Senior Leaving Certificate Examination (including Day School Certificate (Higher) General paper), 1950
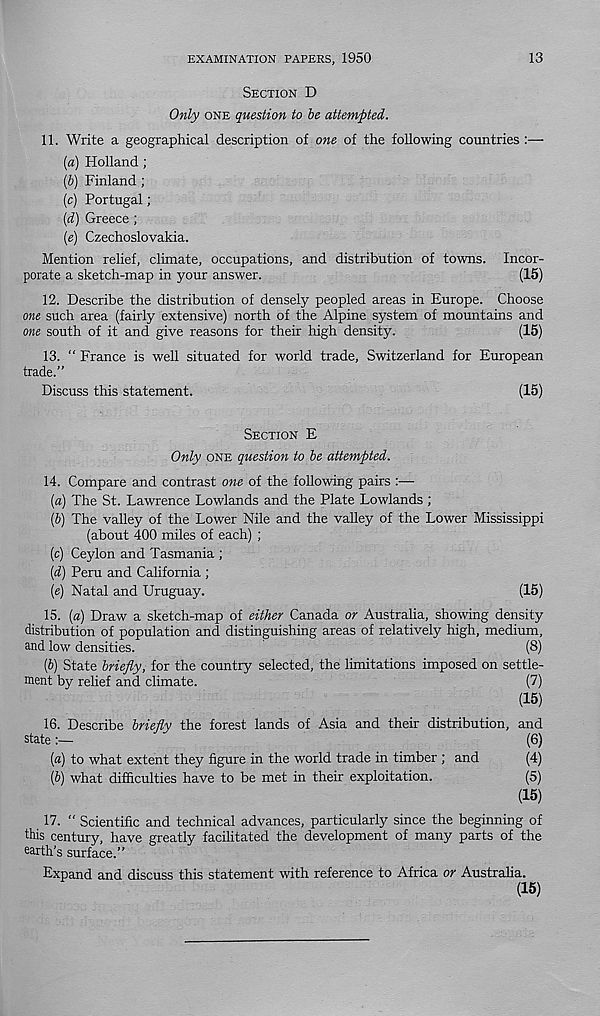
EXAMINATION PAPERS, 1950
13
SECTION D
Only ONE question to be attempted.
11. Write a geographical description of one of the following countries :—
(a) Holland ;
(b) Finland ;
(c) Portugal;
(d) Greece;
(e) Czechoslovakia.
Mention relief, climate, occupations, and distribution of towns. Incor-
porate a sketch-map in your answer.
(15)
12. Describe the distribution of densely peopled areas in Europe. Choose
one such area (fairly extensive) north of the Alpine system of mountains and
one south of it and give reasons for their high density.
(15)
13. “ France is well situated for world trade, Switzerland for European
trade.”
Discuss this statement.
(15)
SECTION E
Only ONE question to be attempted.
14. Compare and contrast one of the following pairs :—
(a) The St. Lawrence Lowlands and the Plate Lowlands ;
(b) The valley of the Lower Nile and the valley of the Lower Mississippi
(about 400 miles of each) ;
(c) Ceylon and Tasmania ;
(d) Peru and California ;
(e) Natal and Uruguay.
(15)
15. {a) Draw a sketch-map of either Canada or Australia, showing density
distribution of population and distinguishing areas of relatively high, medium,
and low densities.
(8)
[b) State briefly, for the country selected, the limitations imposed on settle-
ment by relief and climate.
(7)
(15)
16. Describe briefly the forest lands of Asia and their distribution, and
state:—
(6)
(а) to what extent they figure in the world trade in timber ; and
(4)
(б) what difficulties have to be met in their exploitation.
(5)
(15)
17. “ Scientific and technical advances, particularly since the beginning of
this century, have greatly facilitated the development of many parts of the
earth’s surface.”
Expand and discuss this statement with reference to Africa or Austraha.
(15)